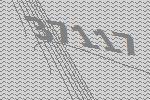
37117